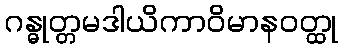
ဂန္ဓုတ္တမဒါယိကာဝိမာနဝတ္ထု